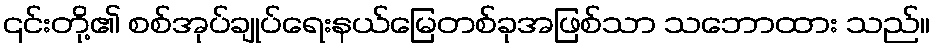
၎င်းတို့၏ စစ်အုပ်ချုပ်ရေးနယ်မြေတစ်ခုအဖြစ်သာ သဘောထား သည်။